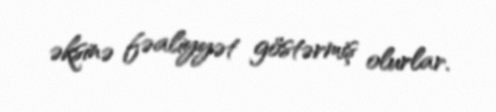
əksinə fəaliyyət göstərmiş olurlar.